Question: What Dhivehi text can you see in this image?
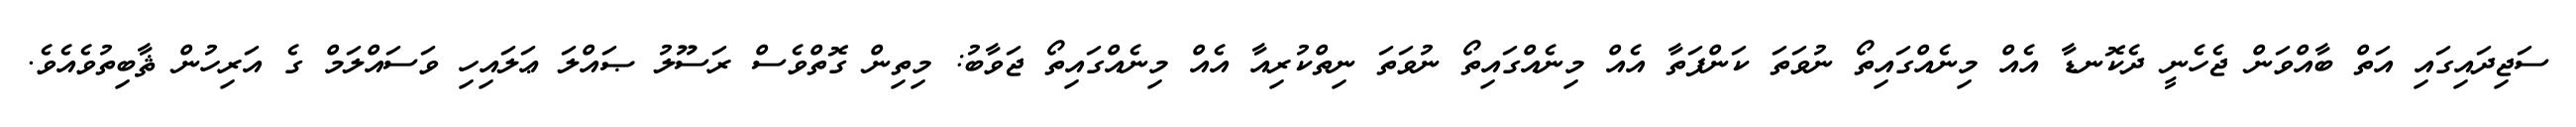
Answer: ސަޖިދައިގައި އަތް ބާއްވަން ޖެހެނީ ދެކޮނޑާ އެއް މިނެއްގައިތޯ ނުވަތަ ކަންފަތާ އެއް މިނެއްގައިތޯ ނުވަތަ ނިތްކުރިއާ އެއް މިނެއްގައިތޯ ޖަވާބު: މިތިން ގޮތްވެސް ރަސޫލު ޞައްލަ ޢަލައިހި ވަސައްލަމް ގެ އަރިހުން ޘާބިތުވެއެވެ.